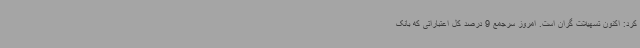
کرد: اکنون تسهیلات گران است. امروز سرجمع 9 درصد کل اعتباراتی که بانک